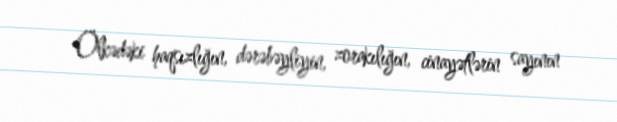
Ölkədəki haqsızlığın, dərəbəyliyin, zorakılığın, cinayətlərin sayının